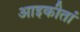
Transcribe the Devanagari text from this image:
आइकीतां